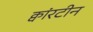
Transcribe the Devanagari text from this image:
क्वांरटीन